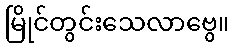
မြိုင်တွင်းသေလာဗွေ။